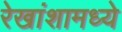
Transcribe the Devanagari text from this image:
रेखांशामध्ये